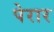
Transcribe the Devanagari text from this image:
पेरार